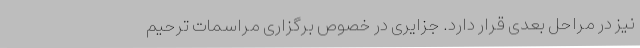
نیز در مراحل بعدی قرار دارد. جزایری در خصوص برگزاری مراسمات ترحیم